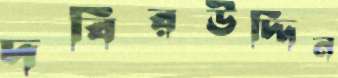
দবিরউদ্দিন